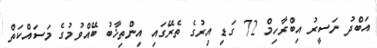
އަބްދު ނަސީރު އިބްރާހިމް 72 ގަޑި އިރުގެ ތެރޭގައި އިންތިޚާބު ބޭއްވުމުގެ މަސައްކަތް